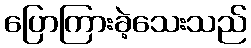
ပြောကြားခဲ့သေးသည်